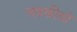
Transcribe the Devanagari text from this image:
लड़कीयो